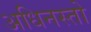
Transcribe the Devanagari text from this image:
अधिनस्तो